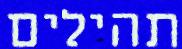
תהילים